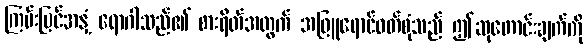
ကြမ်းပြင်အနှံ့ ရောဂါသည်၏ စားရိတ်အတွက် အဖြူရောင်ဝတ်စုံသည် ဤဆုတောင်းချက်ကို